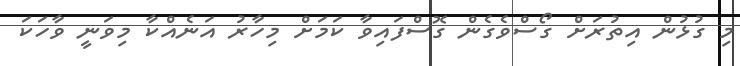
މި ގުޅުން އިތުރަށް ގޯސްވެގެން ގޮސްފައިވާ ކަމަށް މިހާރު އަނެއްކާ މިވަނީ ވާހަކަ